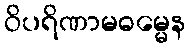
ဝိပရိဏာမဓမ္မေန